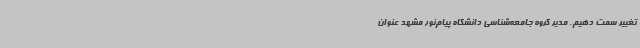
تغییر سمت دهیم. مدیر گروه جامعه‌شناسی دانشگاه پیام‌نور مشهد عنوان